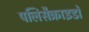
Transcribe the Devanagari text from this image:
पलिसैक्राइडों